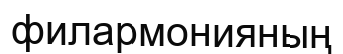
филармонияның